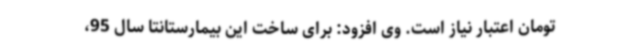
تومان اعتبار نیاز است‌. وی افزود: برای ساخت این بیمارستانتا سال 95،